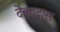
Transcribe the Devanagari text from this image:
देकादास